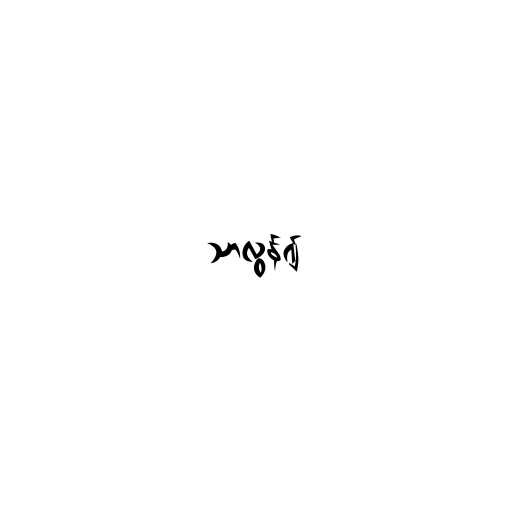
သာလွန်၍